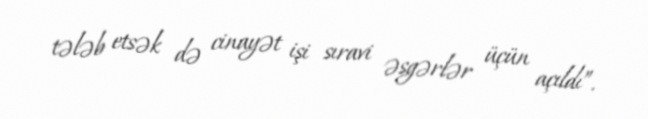
tələb etsək də cinayət işi sıravi əsgərlər üçün açıldı”.